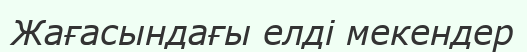
Жағасындағы елді мекендер